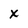
Character: x